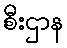
စီးဌာန